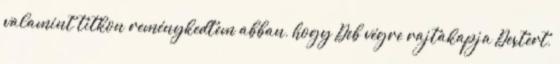
valamint titkon reménykedtem abban, hogy Deb végre rajtakapja Dextert,